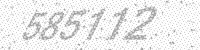
Solution: 585112